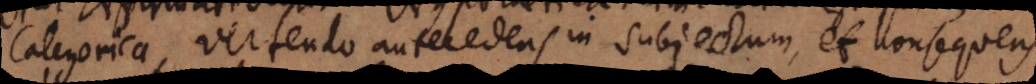
Categorica, vertendo antecedens in subjectum, et consequens